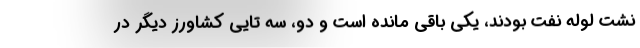
نشت لوله نفت بودند، يكي باقي مانده است و دو، سه تايي كشاورز ديگر در